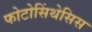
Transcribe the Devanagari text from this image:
फोटोसिंथेसिस